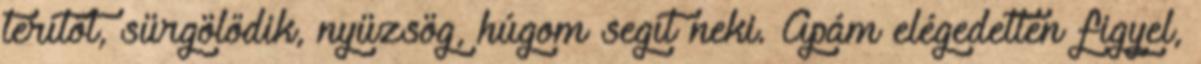
terítőt, sürgölődik, nyüzsög, húgom segít neki. Apám elégedetten figyel,